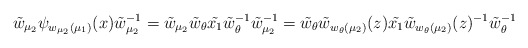
\begin{align*}\tilde{w}_{\mu_2} \psi_{w_{\mu_2}(\mu_1)}(x)\tilde{w}_{\mu_2}^{-1}=\tilde{w}_{\mu_2} \tilde{w}_\theta\tilde{x_1}\tilde{w}_\theta^{-1}\tilde{w}_{\mu_2}^{-1}=\tilde{w}_\theta\tilde{w}_{w_\theta(\mu_2)}(z)\tilde{x_1}\tilde{w}_{w_\theta(\mu_2)}(z)^{-1}\tilde{w}_\theta^{-1}\end{align*}